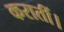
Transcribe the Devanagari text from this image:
करातीं।